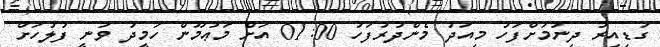
ގަޑިއިރު ދިނުމަށްފަހު މިއަދު މެންދުރުފަހު 01:00 އަށް މަޢުމޫން ހަމީދު ވަނީ ފުލުހަށް